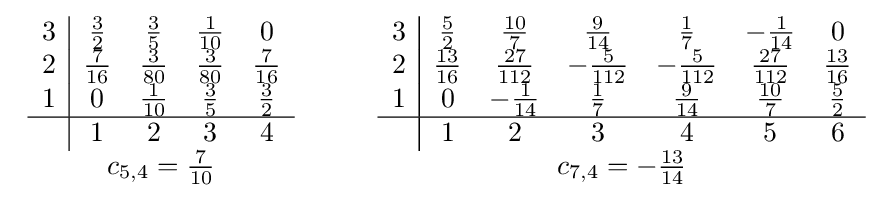
{\begin{array}{c}{\begin{array}{c|cccc}3&{\frac {3}{2}}&{\frac {3}{5}}&{\frac {1}{10}}&0\\2&{\frac {7}{16}}&{\frac {3}{80}}&{\frac {3}{80}}&{\frac {7}{16}}\\1&0&{\frac {1}{10}}&{\frac {3}{5}}&{\frac {3}{2}}\\\hline &1&2&3&4\end{array}}\\c_{5,4}={\frac {7}{10}}\end{array}}\qquad {\begin{array}{c}{\begin{array}{c|cccccc}3&{\frac {5}{2}}&{\frac {10}{7}}&{\frac {9}{14}}&{\frac {1}{7}}&-{\frac {1}{14}}&0\\2&{\frac {13}{16}}&{\frac {27}{112}}&-{\frac {5}{112}}&-{\frac {5}{112}}&{\frac {27}{112}}&{\frac {13}{16}}\\1&0&-{\frac {1}{14}}&{\frac {1}{7}}&{\frac {9}{14}}&{\frac {10}{7}}&{\frac {5}{2}}\\\hline &1&2&3&4&5&6\end{array}}\\c_{7,4}=-{\frac {13}{14}}\end{array}}